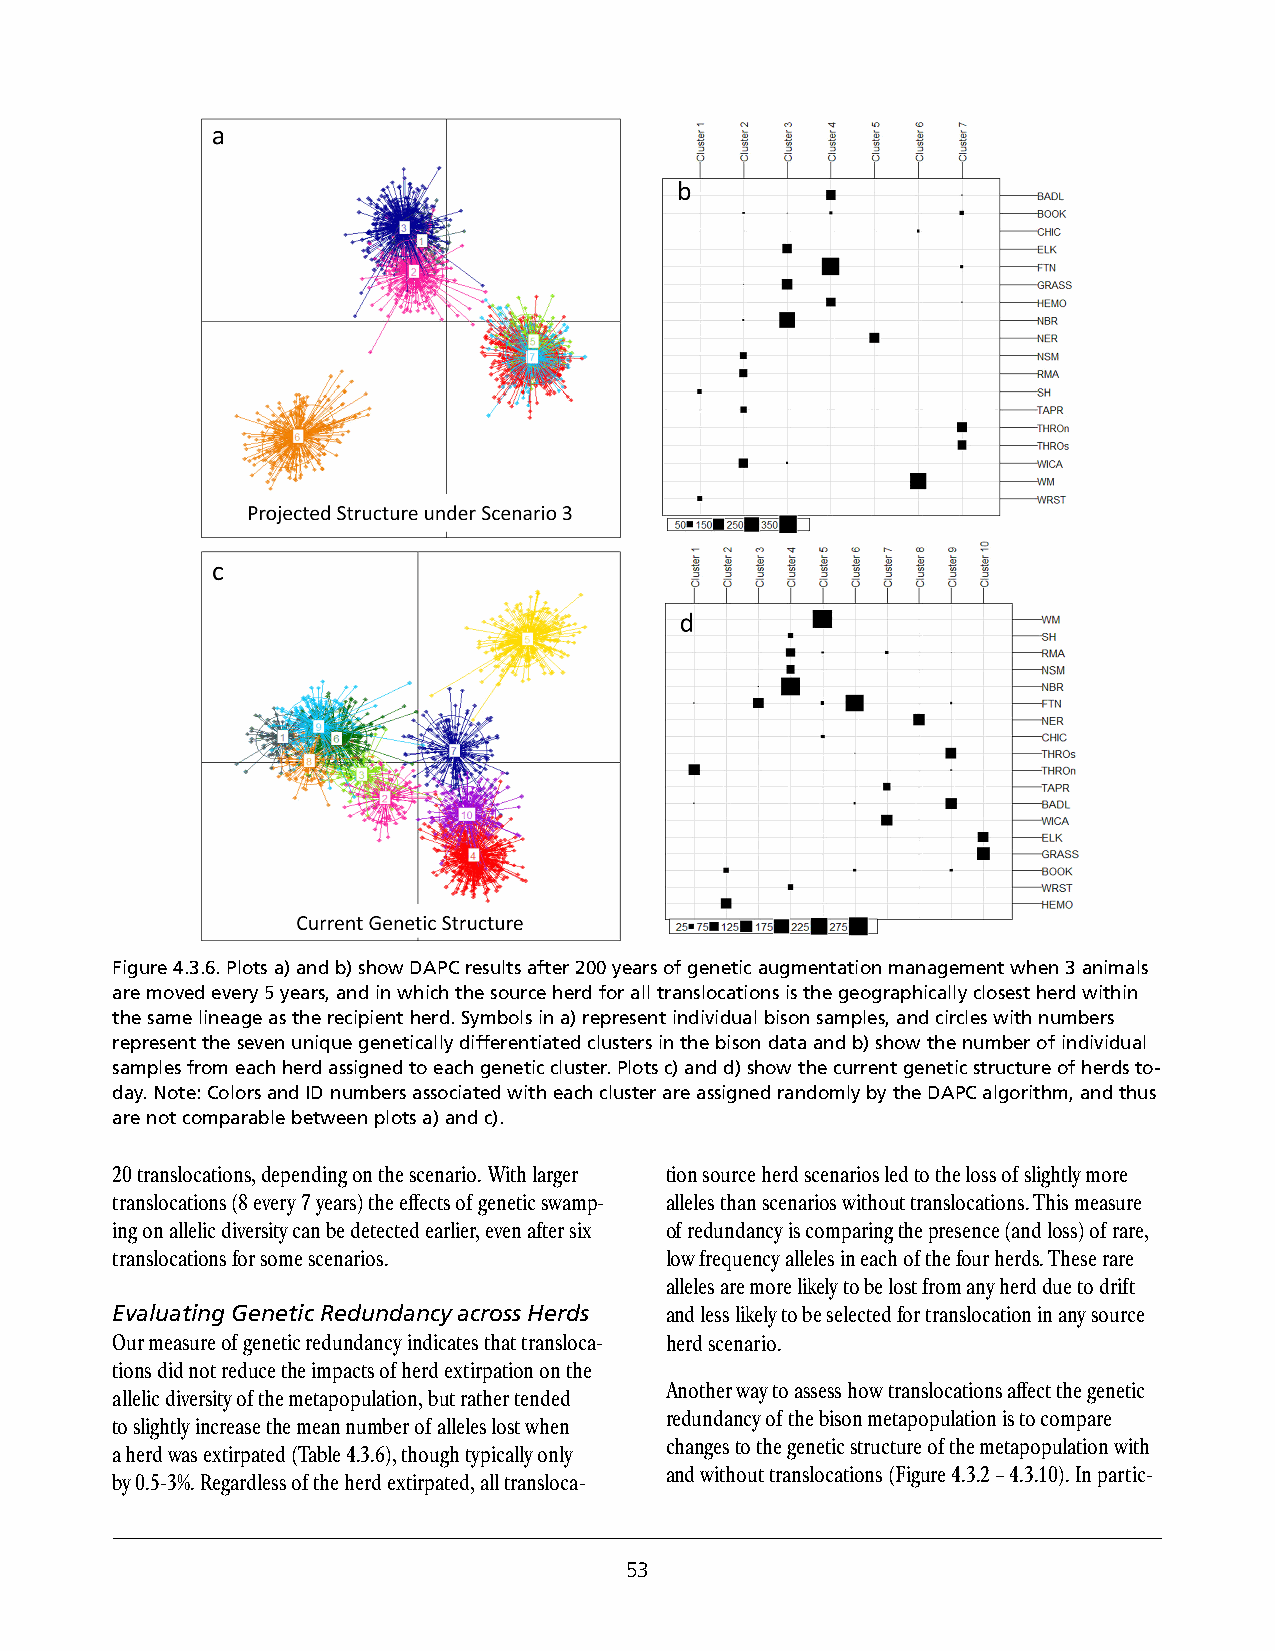
Figure 4.3.6. Plots a) and b) show DAPC results after 200 years of genetic augmentation management when 3 animals
 are moved every 5 years, and in which the source herd for all translocations is the geographically closest herd within
 the same lineage as the recipient herd. Symbols in a) represent individual bison samples, and circles with numbers
 represent the seven unique genetically differentiated clusters in the bison data and b) show the number of individual
 samples from each herd assigned to each genetic cluster. Plots c) and d) show the current genetic structure of herds to-
 day. Note: Colors and ID numbers associated with each cluster are assigned randomly by the DAPC algorithm, and thus
 are not comparable between plots a) and c).
 20 translocations, depending on the scenario. With larger tion source herd scenarios led to the loss of slightly more
 translocations (8 every 7 years) the effects of genetic swamp- alleles than scenarios without translocations. This measure
 ing on allelic diversity can be detected earlier, even after six of redundancy is comparing the presence (and loss) of rare,
 translocations for some scenarios.   low frequency alleles in each of the four herds. These rare
 alleles are more likely to be lost from any herd due to drift
 Evaluating Genetic Redundancy across Herds and less likely to be selected for translocation in any source
 Our measure of genetic redundancy indicates that transloca- herd scenario.
 tions did not reduce the impacts of herd extirpation on the
 Another way to assess how translocations affect the genetic
 allelic diversity of the metapopulation, but rather tended
 redundancy of the bison metapopulation is to compare
 to slightly increase the mean number of alleles lost when
 changes to the genetic structure of the metapopulation with
 a herd was extirpated (Table 4.3.6), though typically only
 and without translocations (Figure 4.3.2 – 4.3.10). In partic-
 by 0.5-3%. Regardless of the herd extirpated, all transloca-
 53